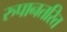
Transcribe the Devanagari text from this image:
रुपानतरित